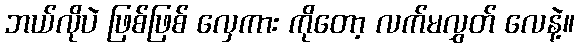
ဘယ်လိုပဲ ဖြစ်ဖြစ် လှေကား ကိုတော့ လက်မလွှတ် လေနဲ့။